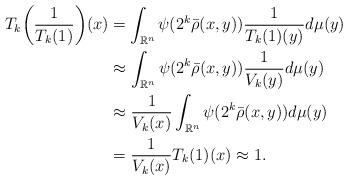
LaTeX: \begin{align*}T_k\bigg(\frac1{T_k(1)}\bigg)(x) &=\int_{\Bbb R^n} \psi(2^k {\bar \rho}(x,y))\frac1{T_k(1)(y)}d\mu(y) \\ &\approx\int_{\Bbb R^n} \psi(2^k {\bar \rho}(x,y)) \frac 1{V_k(y)}d\mu(y) \\ &\approx \frac 1{V_k(x)}\int_{\Bbb R^n} \psi(2^k {\bar \rho}(x,y))d\mu(y) \\ &= \frac 1{V_k(x)}T_k(1)(x)\approx 1.\end{align*}